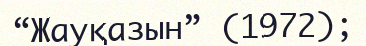
“Жауқазын” (1972);